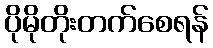
ပိုမိုတိုးတက်စေရန်